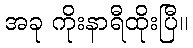
အခု ကိုးနာရီထိုးပြီ။